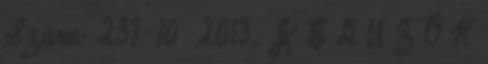
Szám: 237-10 2013. J E G Y Z Ő K